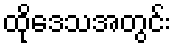
ထိုဒေသအတွင်း